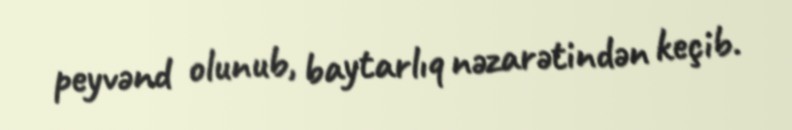
peyvənd olunub, baytarlıq nəzarətindən keçib.